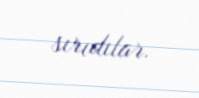
sırıdılar.